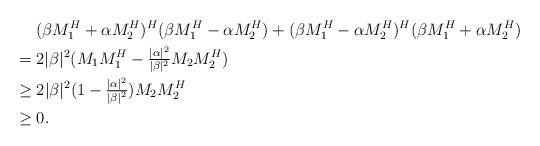
LaTeX: \begin{align*} &~~~~(\beta M_1^H+\alpha M_2^H)^H(\beta M_1^H-\alpha M_2^H)+(\beta M_1^H-\alpha M_2^H)^H(\beta M_1^H+\alpha M_2^H)\\ &=2\vert\beta\vert^2(M_1M_1^H-\tfrac{\vert\alpha\vert^2}{\vert\beta\vert^2}M_2M_2^H)\\ &\geq 2\vert\beta\vert^2(1-\tfrac{\vert\alpha\vert^2}{\vert\beta\vert^2})M_2M_2^H \\ &\geq 0. \end{align*}